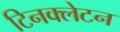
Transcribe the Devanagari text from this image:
टिनक्लेटन